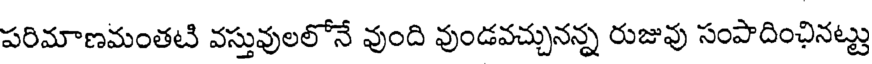
పరిమాణమంతటి వస్తువులలోనే వుంది వుండవచ్చునన్న రుజువు సంపాదింఛినట్టు